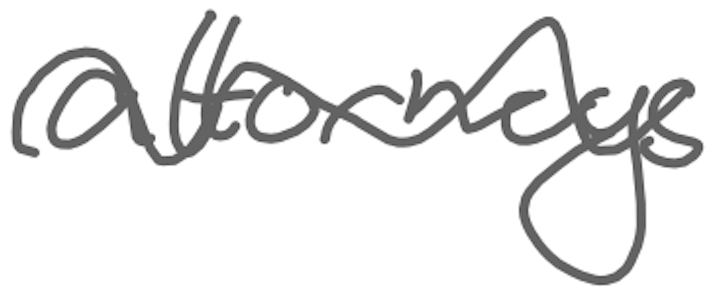
Text: attorneys
Cross-out: wave
Writing tool: digital_gray